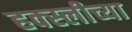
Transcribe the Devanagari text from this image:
हक्स्लीच्या